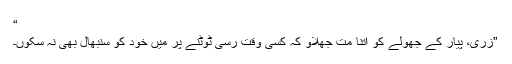
“
”زری، پیار کے جھولے کو اتنا مت جھلاؤ کہ کسی وقت رسی ٹوٹنے پر میں خود کو سنبھال بھی نہ سکوں۔